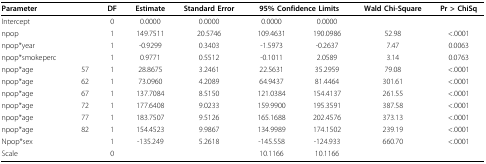
| Parameter |  | DF | Estimate | Standard Error | <COLSPAN=2> 95% Confidence Limits | Wald Chi-Square | Pr > ChiSq |
 | --- | --- | --- | --- | --- | --- | --- | --- | --- |
 | Intercept |  | 0 | 0.0000 | 0.0000 | 0.0000 | 0.0000 |  |  |
 | npop |  | 1 | 149.7511 | 20.5746 | 109.4631 | 190.0986 | 52.98 | <.0001 |
 | npop*year |  | 1 | -0.9299 | 0.3403 | -1.5973 | -0.2637 | 7.47 | 0.0063 |
 | npop*smokeperc |  | 1 | 0.9771 | 0.5512 | -0.1011 | 2.0589 | 3.14 | 0.0763 |
 | npop*age | 57 | 1 | 28.8675 | 3.2461 | 22.5631 | 35.2959 | 79.08 | <.0001 |
 | npop*age | 62 | 1 | 73.0960 | 4.2089 | 64.9437 | 81.4464 | 301.61 | <.0001 |
 | npop*age | 67 | 1 | 137.7084 | 8.5150 | 121.0384 | 154.4137 | 261.55 | <.0001 |
 | npop*age | 72 | 1 | 177.6408 | 9.0233 | 159.9900 | 195.3591 | 387.58 | <.0001 |
 | npop*age | 77 | 1 | 183.7507 | 9.5126 | 165.1688 | 202.4576 | 373.13 | <.0001 |
 | npop*age | 82 | 1 | 154.4523 | 9.9867 | 134.9989 | 174.1502 | 239.19 | <.0001 |
 | Npop*sex |  | 1 | -135.249 | 5.2618 | -145.558 | -124.933 | 660.70 | <.0001 |
 | Scale |  | 0 |  |  | 10.1166 | 10.1166 |  |  |